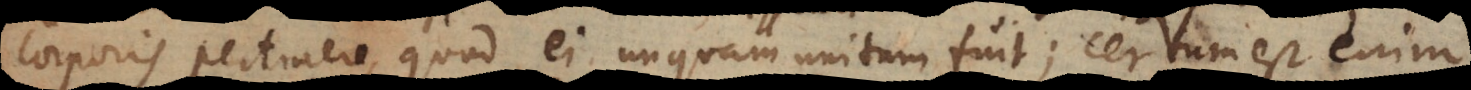
corporis pertinere, quod ei unquam unitum fuit; certum est enim